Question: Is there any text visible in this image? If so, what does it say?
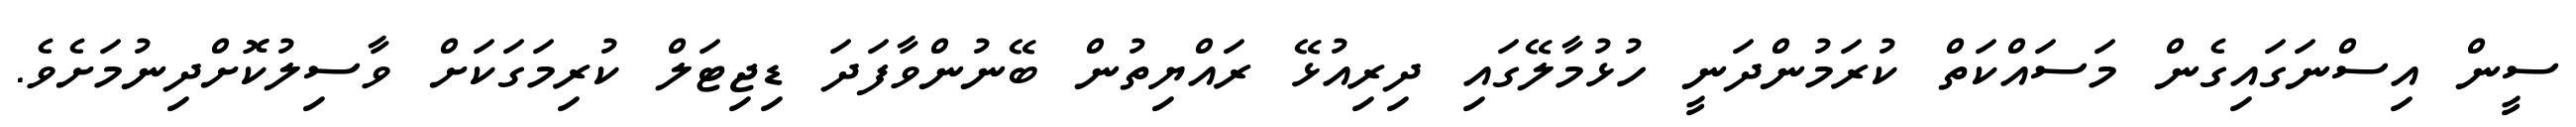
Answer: ސީން އިސްނަގައިގެން މަސައްކަތް ކުރަމުންދަނީ ހުޅުމާލޭގައި ދިރިއުޅޭ ރައްޔިތުން ބޭނުންވާފަދަ ޑިޖިޓަލް ކުރިމަގަކަށް ވާސިލުކޮށްދިނުމަށެވެ.